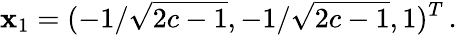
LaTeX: \mathbf{x}_{1}=(-1/\sqrt{2c-1},-1/\sqrt{2c-1},1)^{T}\, .